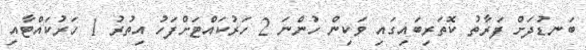
ބަނޑުދަށް ފަރާތު ކޮތަރިބައިގައި ވަކިން ހުންނަ 2 ހަރުކައްޓަށްފަހު އިތުރު 1 ހަރުކައްޓާއި